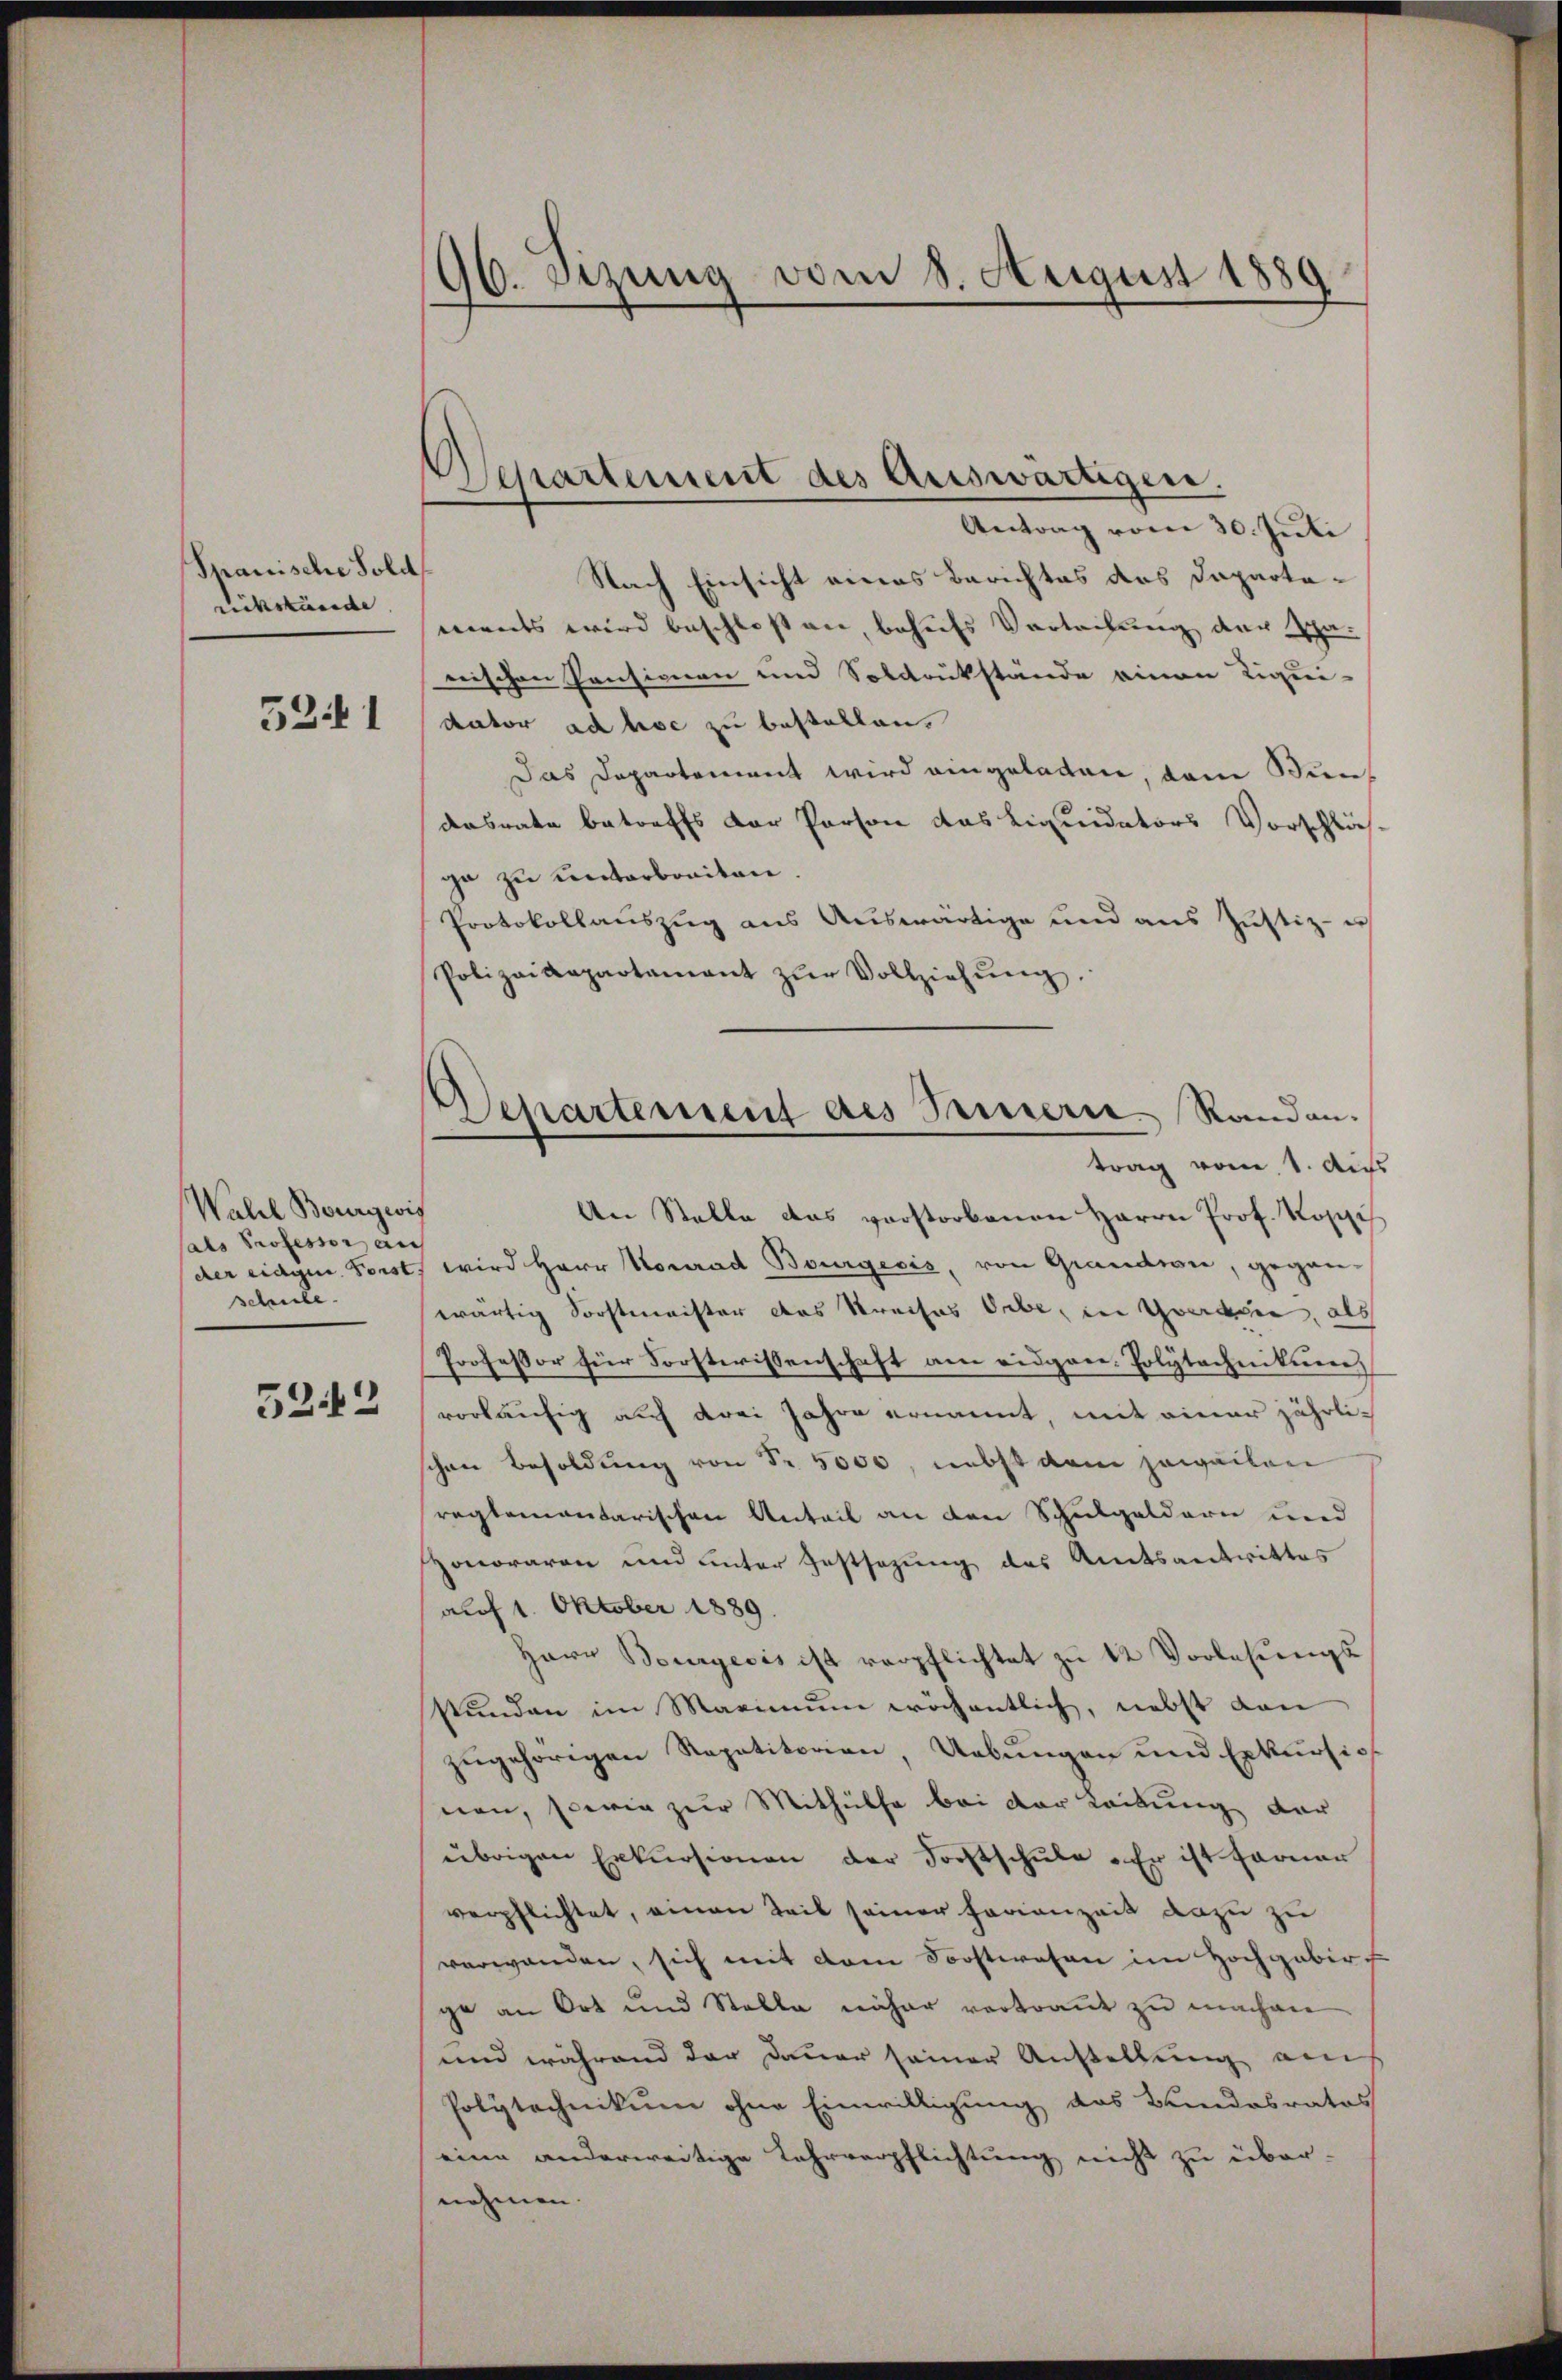
Spanische Sold
Rückkunde |

521

Walde Bourgwi
sals Professor aus
der eidgen. Sonst
schule.

522

96. Sizung vom 8. August 1889

Separtement des Auswärtigen.

Departement des Parmerie Randan-
trag vom 1. Aus

Antrag vom 30. Juli
Nach Einsicht eines Berichtes das Daparta-
ments wird beschloss an, behufs Verleihung der Scharrischen Pensionen und Soldrükstände einen Liqui-
dator ad hoc zu bestellen.
Das Departement wird eingeladen, dem Diendasrate betreffs der Person das Liquidators Vorschläs
ga zu unterbraiten
Protokollauszug aus Auswärtige und aus Justiz - ich
Polizeidepartamant zŭr Vollziehŭng.
An Stelle das vorstorbenen Herrn Prof. Koppis
wird Herr Konrad Bourgecis, von Grandwie, gegen-
wärtig Sorstmeister das Kreises Orbe, in Gwerden, als
Professor für Forstwissenschaft am eidgen. Polytechnikums
vorläufig auf drei Jahre ernannt, mit einer jährlichen Besoldung von Fr. 5000, nebst dem jeweilen
reglementarischen Anteil an den Schulgeldern und
zonoraren und unter Festsezung des Amtsantrittes
auf 1. Oktober 1889.
Herr Bourgeois ist verpflichtet zu 12 Vorlesungs
stunden im Marinum wöchentlich, nebst dan
zugehörigen Repetitorien Uebungen und Exkursio
nen, sowie zur Mithülfe bei der Leitung der
übrigen Erkursionen der Forstschule . Er ist ferner
verpflichtet, einen Teil seiner Ferienzeit dazu zu
verwanden, sich mit dem Forstwesen im Hochgebir
ge an Ort und Stelle näher vortraut zu machen
und während der Dauer seiner Anstellung auf
Polytechnikum ohne Einwilligung das Bundesrates
eine anderweitige Lehrverpflichtung nicht zu über-
nehmen.